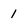
Character: 1